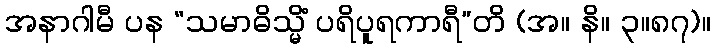
အနာဂါမီ ပန “သမာဓိသ္မိံ ပရိပူရကာရီ”တိ (အ။ နိ။ ၃။၈၇)။